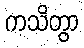
ကသိတွာ